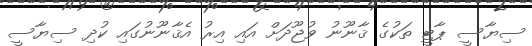
ސިޔާސީ ޕާޓީ ތަކުގެ ޤާނޫނު ވުޖޫދަށް އައި އިރު އެޤާނޫނުގައި ކުދި ސިޔާސީ